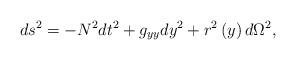
LaTeX: \begin{align*}ds^{2}=-N^{2}dt^{2}+g_{yy}dy^{2}+r^{2}\left( y\right) d\Omega ^{2},\end{align*}